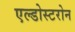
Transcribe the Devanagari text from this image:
एल्डोस्टरोन